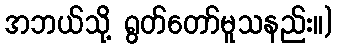
အဘယ်သို့ ရွတ်တော်မူသနည်း။)